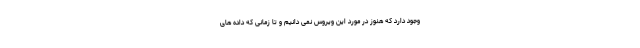
وجود دارد که هنوز در مورد این ویروس نمی دانیم و تا زمانی که داده های